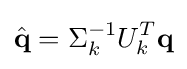
{\hat {\textbf {q}}}=\Sigma _{k}^{-1}U_{k}^{T}{\textbf {q}}